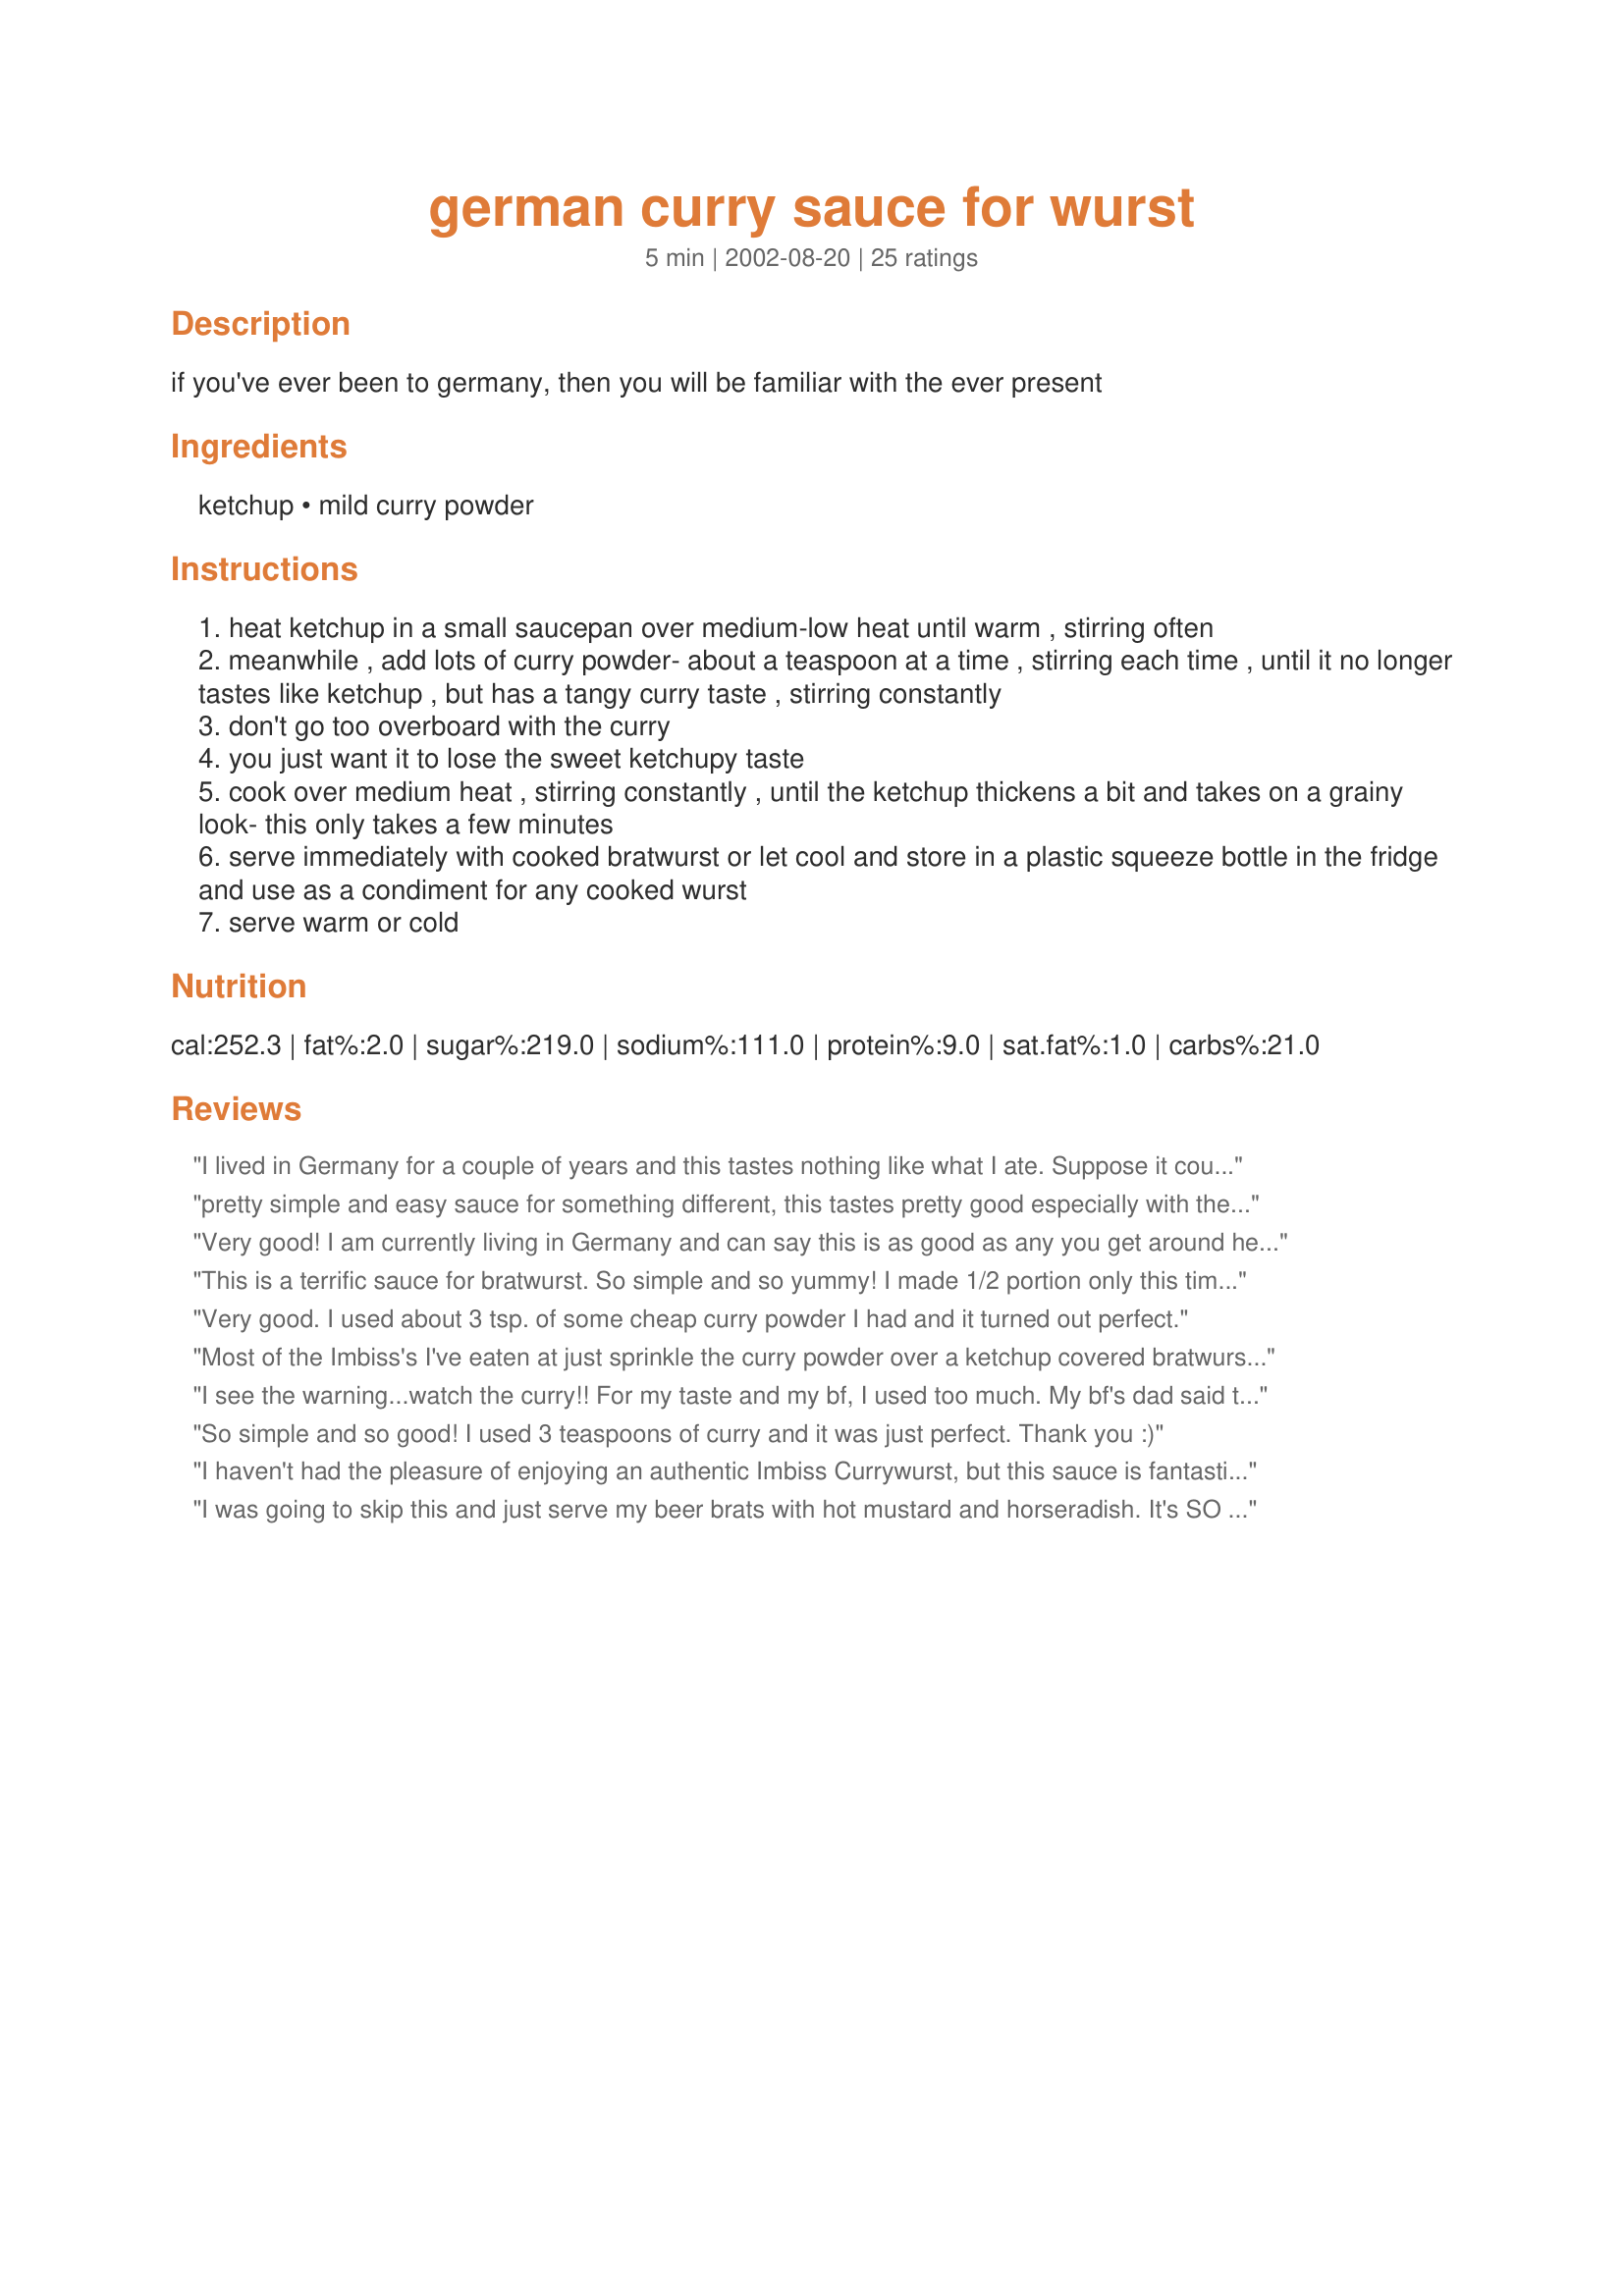
german curry sauce for wurst
Preparation time: 5 minutes

if you've ever been to germany, then you will be familiar with the ever present

Ingredients:
ketchup, mild curry powder

Steps:
heat ketchup in a small saucepan over medium-low heat until warm , stirring often
meanwhile , add lots of curry powder- about a teaspoon at a time , stirring each time , until it no longer tastes like ketchup , but has a tangy curry taste , stirring constantly
don't go too overboard with the curry
you just want it to lose the sweet ketchupy taste
cook over medium heat , stirring constantly , until the ketchup thickens a bit and takes on a grainy look- this only takes a few minutes
serve immediately with cooked bratwurst or let cool and store in a plastic squeeze bottle in the fridge and use as a condiment for any cooked wurst
serve warm or cold

Reviews:
I lived in Germany for a couple of years and this tastes nothing like what I ate. Suppose it could differ by varieties of Catsup and curry powder but I threw this out. Sorry.
pretty simple and easy sauce for something different, this tastes pretty good especially with the non smoked fresh bratwursts, it adds a great flavor to it. Thanks for the good idea :)
Very good! I am currently living in Germany and can say this is as good as any you get around here. Thanks. Now I can make it at home and long after we leave here too.
This is a terrific sauce for bratwurst. So simple and so yummy! I made 1/2 portion only this time but it was so good, my husband and I finished it with only 2 brats. Will make much more and keep in refrigerator. Thank you HeatherFeather for introducing me to this tasty sauce. I'm thinking other uses for this including Japanese dishes with addition of soy sauce (LOL).
Very good. I used about 3 tsp. of some cheap curry powder I had and it turned out perfect.
Most of the Imbiss's I've eaten at just sprinkle the curry powder over a ketchup covered bratwurst. (even around Ramstein...ie the Diner Box) This is much better. Thanks for sharing.
I see the warning...watch the curry!! For my taste and my bf, I used too much. My bf's dad said that in Germany they used so much curry that it was spicy. I dont know if more curry would have made it that way. Very good for only being two ingredients, and again - watch the curry!
So simple and so good! 
I used 3 teaspoons of curry and it was just perfect. 
Thank you :)
I haven't had the pleasure of enjoying an authentic Imbiss Currywurst, but this sauce is fantastic! I keep a full squeeze bottle in the door of the fridge for whenever the urge hits (I am on my third bottle so far!). Thank you so much!
I was going to skip this and just serve my beer brats with hot mustard and horseradish. It's SO easy that I decided, why not? It was a very good choice on my part! This was an excellent sauce and went perfectly with my meal.
This was really good. DH loved it but it was a bit too spicy for the rest of my family. I will make this again with a bit less curry powder for the rest of us. Thanks!
Tastes very similar to the sauce we had in Germany. Not exact but close enough to bring back happy memories. I used Keen&#039;s curry powder and Masterfoods sauce but am going to experiment with different brands.
Good Sauce!
It's been almost 25 years since I was in Germany, and I'd completely forgotten this sauce. We had it on Brats this weekend, and really enjoyed it. Although it is not exactly what I remember, it was very, very good. Thanks for posting.
Sorry, this is NOT a recipe. But if you insist, I propose even simpler one - buy yourself ready curry sauce, heat to taste, serve.
Thanks for a fond memory of Ramstein and other environs in Germany, I missed this taste for 10 years.
Ok, I'm German, of course I lived in Germany, and this sauce is spot on. If it is not like you remembered it years ago, then your memory has faded rather than it being the recipe's fault. Either that or you just didn't have good curry sauce. Preparation is key and is a lot more than tossing some curry powder into cold ketschup and expecting curry sauce. Follow this recipe and you can not go wrong! This sauce is so versatile I use it on everything, eggs, fish, steak, cereal. Just kidding about the cereal but it is so good on anything you could think of. Good job HeatherFeather! =D
Had an Oktoberfest party and everyone loved it. I used 3 teaspoons, but maybe could have used 4. Easy to prepare. Thanks!
Great topper for brats. I also like it on burgers. Thanks
Ya! Dat's goot! lol.. I grilled some fresh brats and knockwurst and had them with the sauce. Also kat's German Dumplings, recipe #11560. Also lots of beer, but not necessarily in that order, lol.. Thanks for posting..
I think this recipe has the potential to vary greatly depending on multiple factors. Both main ingredients, Ketchup and Curry powder differ greatly depending on brand (German ketchups are less sweet, Heinz has more of a vinegar taste than Hunts, etc, and curry powders can be a mixture of pretty much any spice...). I used Heinz and a local curry blend and it turned out a little tart, but overall pretty well. If you had a bad experience, I'd suggest trying different brands.
A huge hit with my German and Polish friends. They've both asked me for the recipe, which of course I have shared.
Very nice and authentic sauce. I grew up in Germany and this is the real stuff. It's also common to put ketchup on the wurst and then sprinkle curry powder over the top until the curry powder sinks into the ketchup and becomes grainy...great stuff :)
This is just how my German Mom always made it, too - it's great! Easy and tasty. The trick around here is to find halfway decent knackwurst that are worthy of the curry ketchup.
Thank you thank you! I'm missing Berlin so much and this will ease the pain greatly! :)
